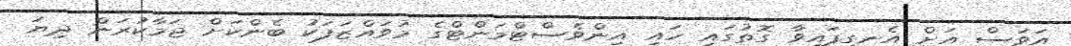
އަވަސް އަށް އެނގިފައިވާ ގޮތުގައި ހައި އިންވެސްޓްމަންޓްގެ މުވައްޒަފަކު ބެންކަށް ޖަމާކުރަން ދިޔަ